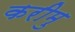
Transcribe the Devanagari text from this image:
करीमु